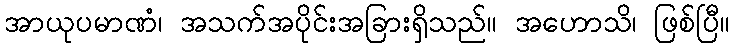
အာယုပမာဏံ၊ အသက်အပိုင်းအခြားရှိသည်။ အဟောသိ၊ ဖြစ်ပြီ။